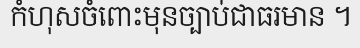
កំហុសចំពោះមុនច្បាប់ជាធរមាន ។